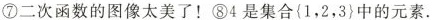
⑦二次函数的图像太美了!⑧4是集合{1,2,3}中的元素.